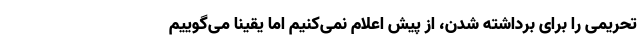
تحریمی را برای برداشته شدن، از پیش اعلام نمی‌کنیم اما یقیناً می‌گوییم